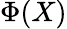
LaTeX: \Phi(X)